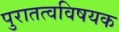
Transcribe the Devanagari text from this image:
पुरातत्वविषयक